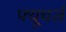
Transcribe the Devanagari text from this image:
फ्यूचर्ज़